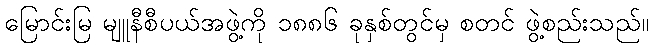
မြောင်းမြ မျူနီစီပယ်အဖွဲ့ကို ၁၈၈၆ ခုနှစ်တွင်မှ စတင် ဖွဲ့စည်းသည်။